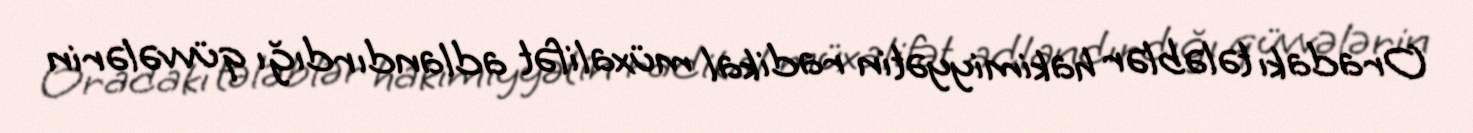
Oradakı tələblər hakimiyyətin radikal müxalifət adlandırdığı qüvvələrin